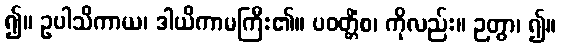
၍။ ဥပါသိကာယ၊ ဒါယိကာမကြီး၏။ ပဝတ္တိံစ၊ ကိုလည်း။ ဉတွာ၊ ၍။